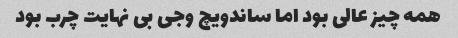
همه چیز عالی بود اما ساندویچ وجی بی نهایت چرب بود